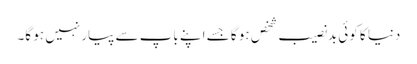
دنیا کا کوئی بدنصیب شخص ہو گا جسے اپنے باپ سے پیار نہیں ہو گا۔